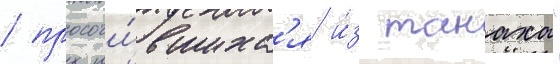
/ просочи́вшихс'я и́з танаха"